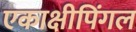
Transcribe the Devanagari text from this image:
एकाक्षीपिंगल